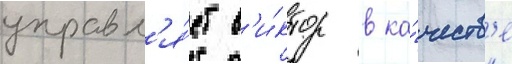
управл'я́ет в'и́ктор в ка́честв'е